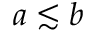
a \lesssim b